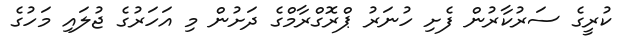
ކުރީގެ ސަރުކާރުން ފެށި ހުނަރު ޕްރޮގްރާމްގެ ދަށުން މި އަހަރުގެ ޖުލައި މަހުގެ